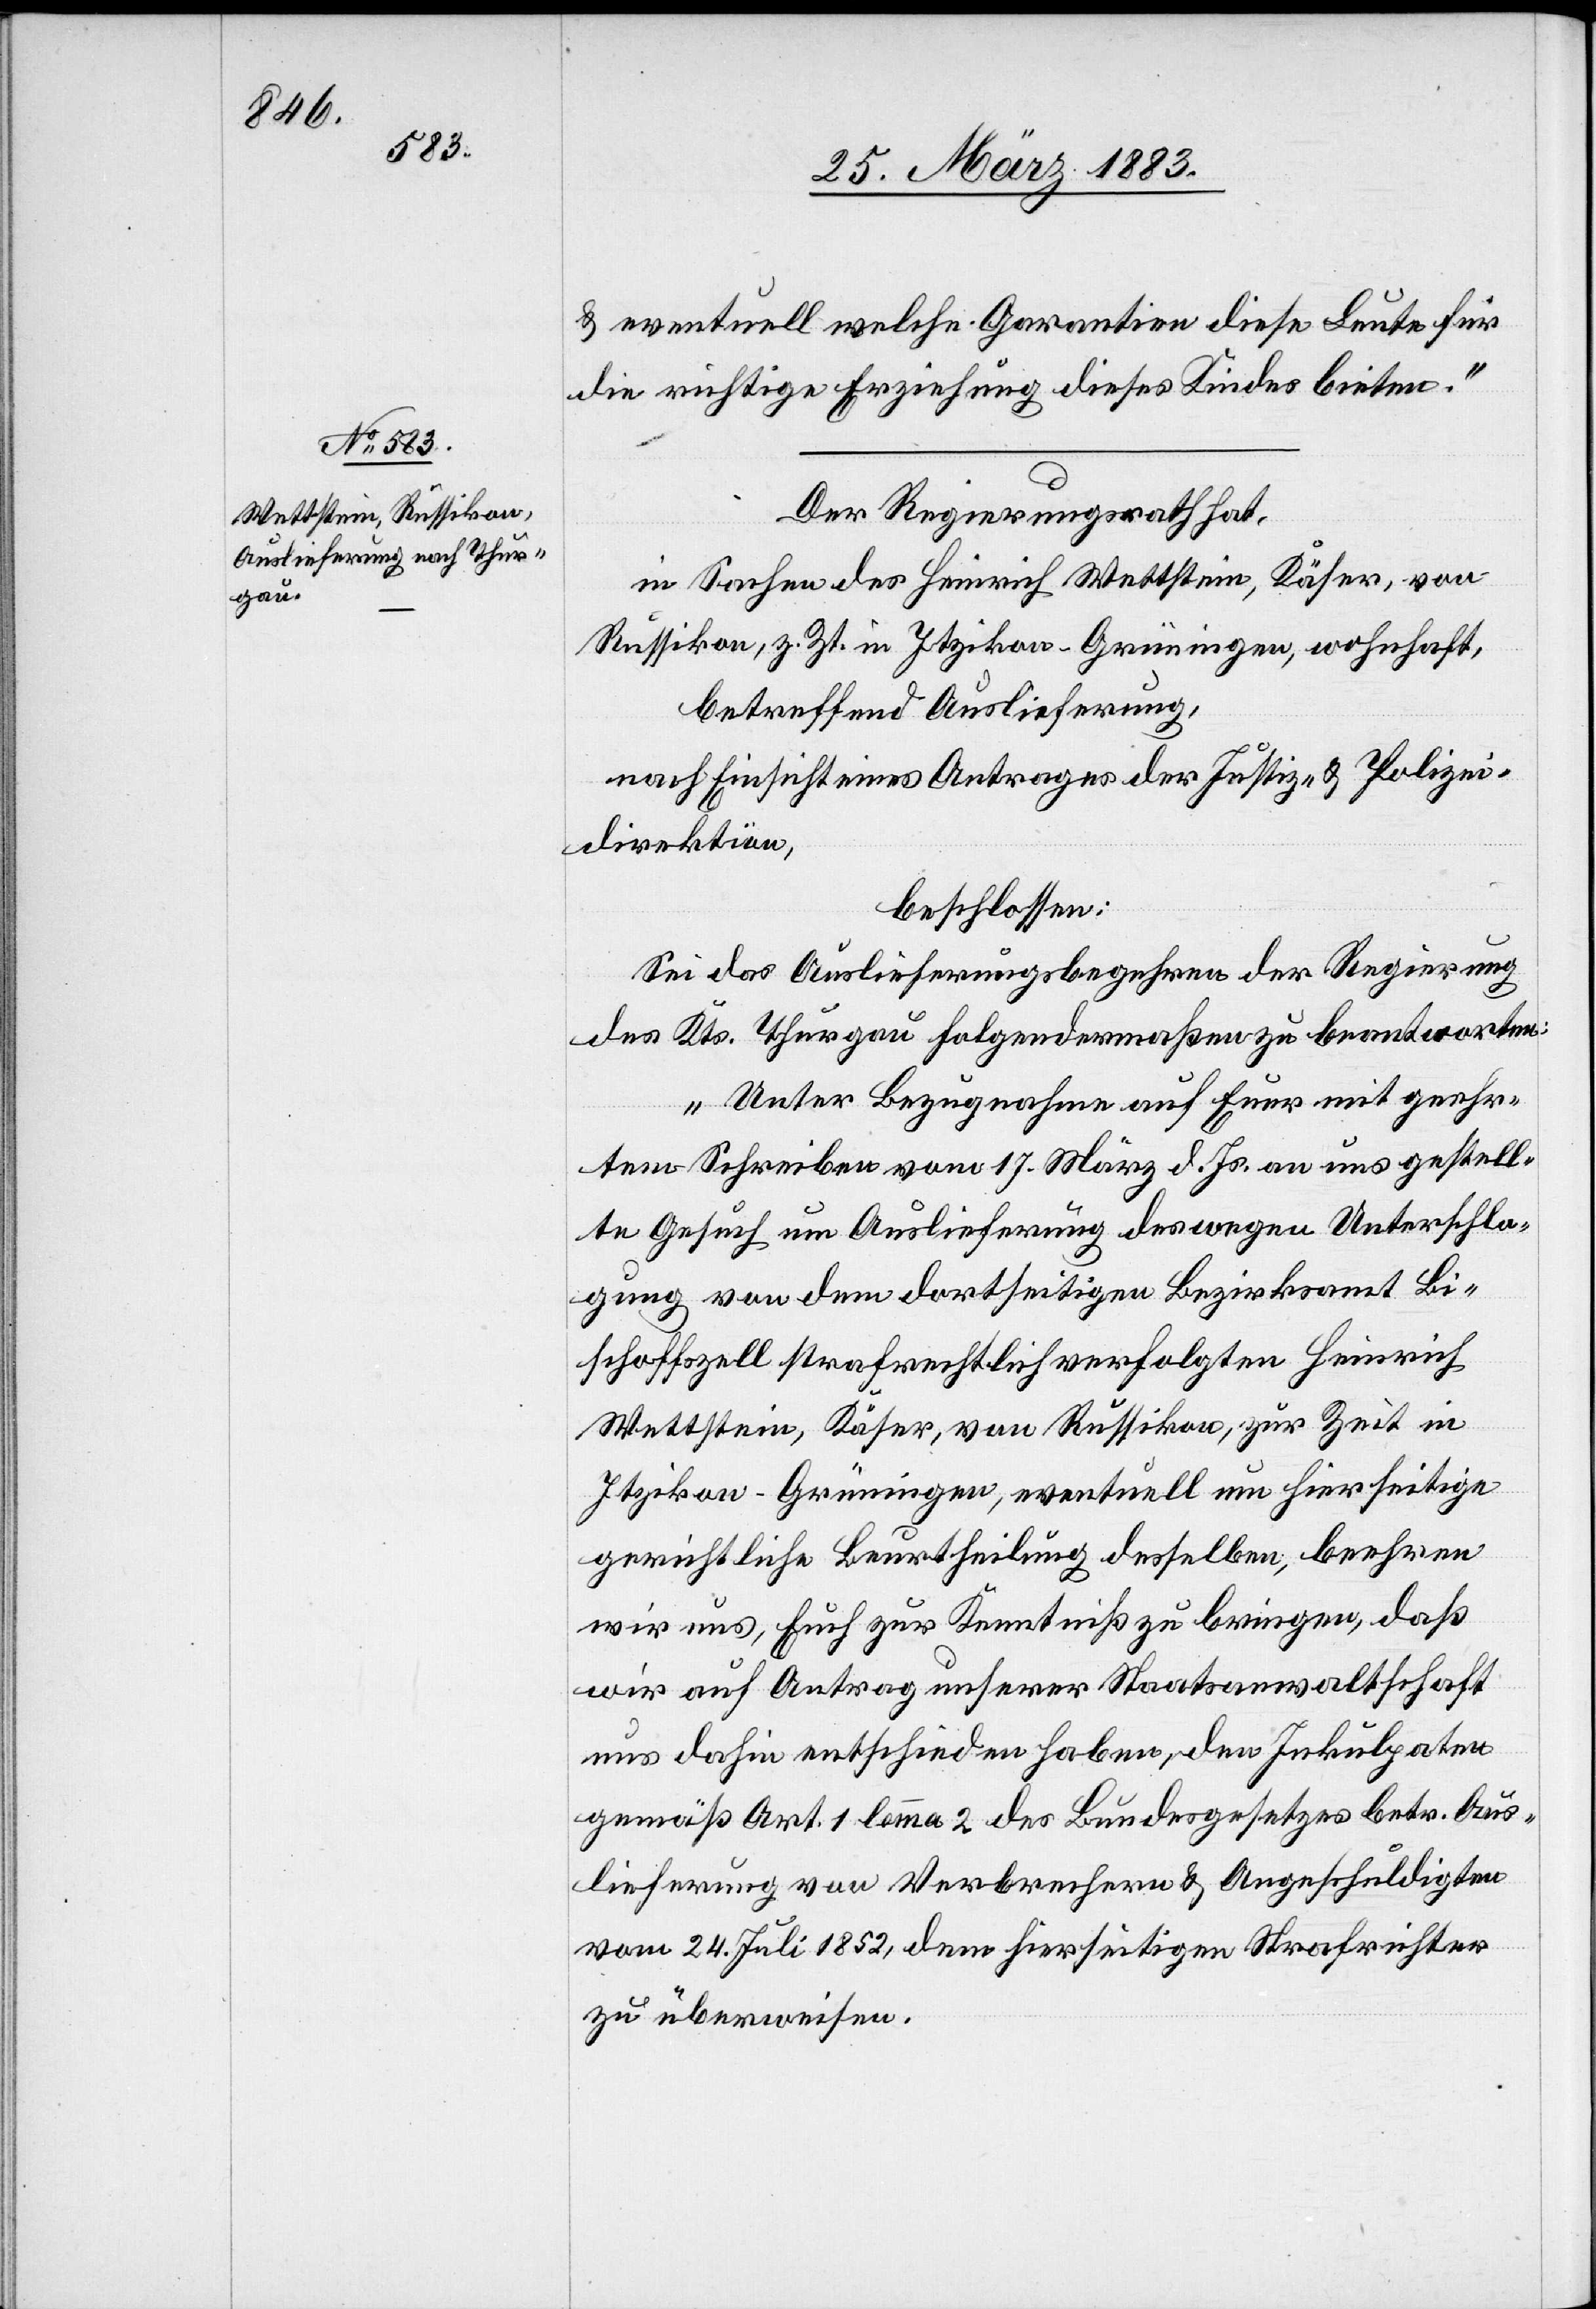
& eventuell welche Garantien diese Leute für
die richtige Erziehung dieses Kindes bieten.“
Der Regierungsrath hat,
in Sachen des Heinrich Wettstein, Käser, von
Russikon, z. Zt. in Itzikon - Grüningen, wohnhaft,
betreffend Auslieferung,
nach Einsicht eines Antrages der Justiz- & Polizei¬
direktion,
beschlossen:
Sei das Auslieferungsbegehren der Regierung
des Kts. Thurgau folgendermaßen zu beantworten:
„Unter Bezugnahme auf Euer mit geehr¬
tem Schreiben vom 17. März d. Js. an uns gestell¬
te Gesuch um Auslieferung des wegen Unterschla¬
gung von dem dortseitigen Bezirksamt Bi¬
schoffszell strafrechtlich verfolgten Heinrich
Wettstein, Käser, von Russikon, zur Zeit in
Itzikon - Grüningen, eventuell um hierseitige
gerichtliche Beurtheilung desselben, beehren
wir uns, Euch zur Kenntniß zu bringen, daß
wir auf Antrag unserer Staatsanwaltschaft
uns dahin entschieden haben, den Inkulpaten
gemäß Art. 1 lemma 2 des Bundesgesetzes betr. Aus¬
lieferung von Verbrechern & Angeschuldigten
vom 24. Juli 1852, dem hierseitigen Strafrichter
zu überweisen.